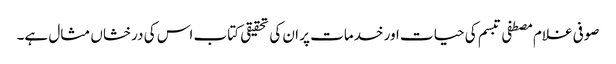
صوفی غلام مصطفی تبسم کی حیات اور خدمات پر ان کی تحقیقی کتاب اس کی درخشاں مثال ہے۔